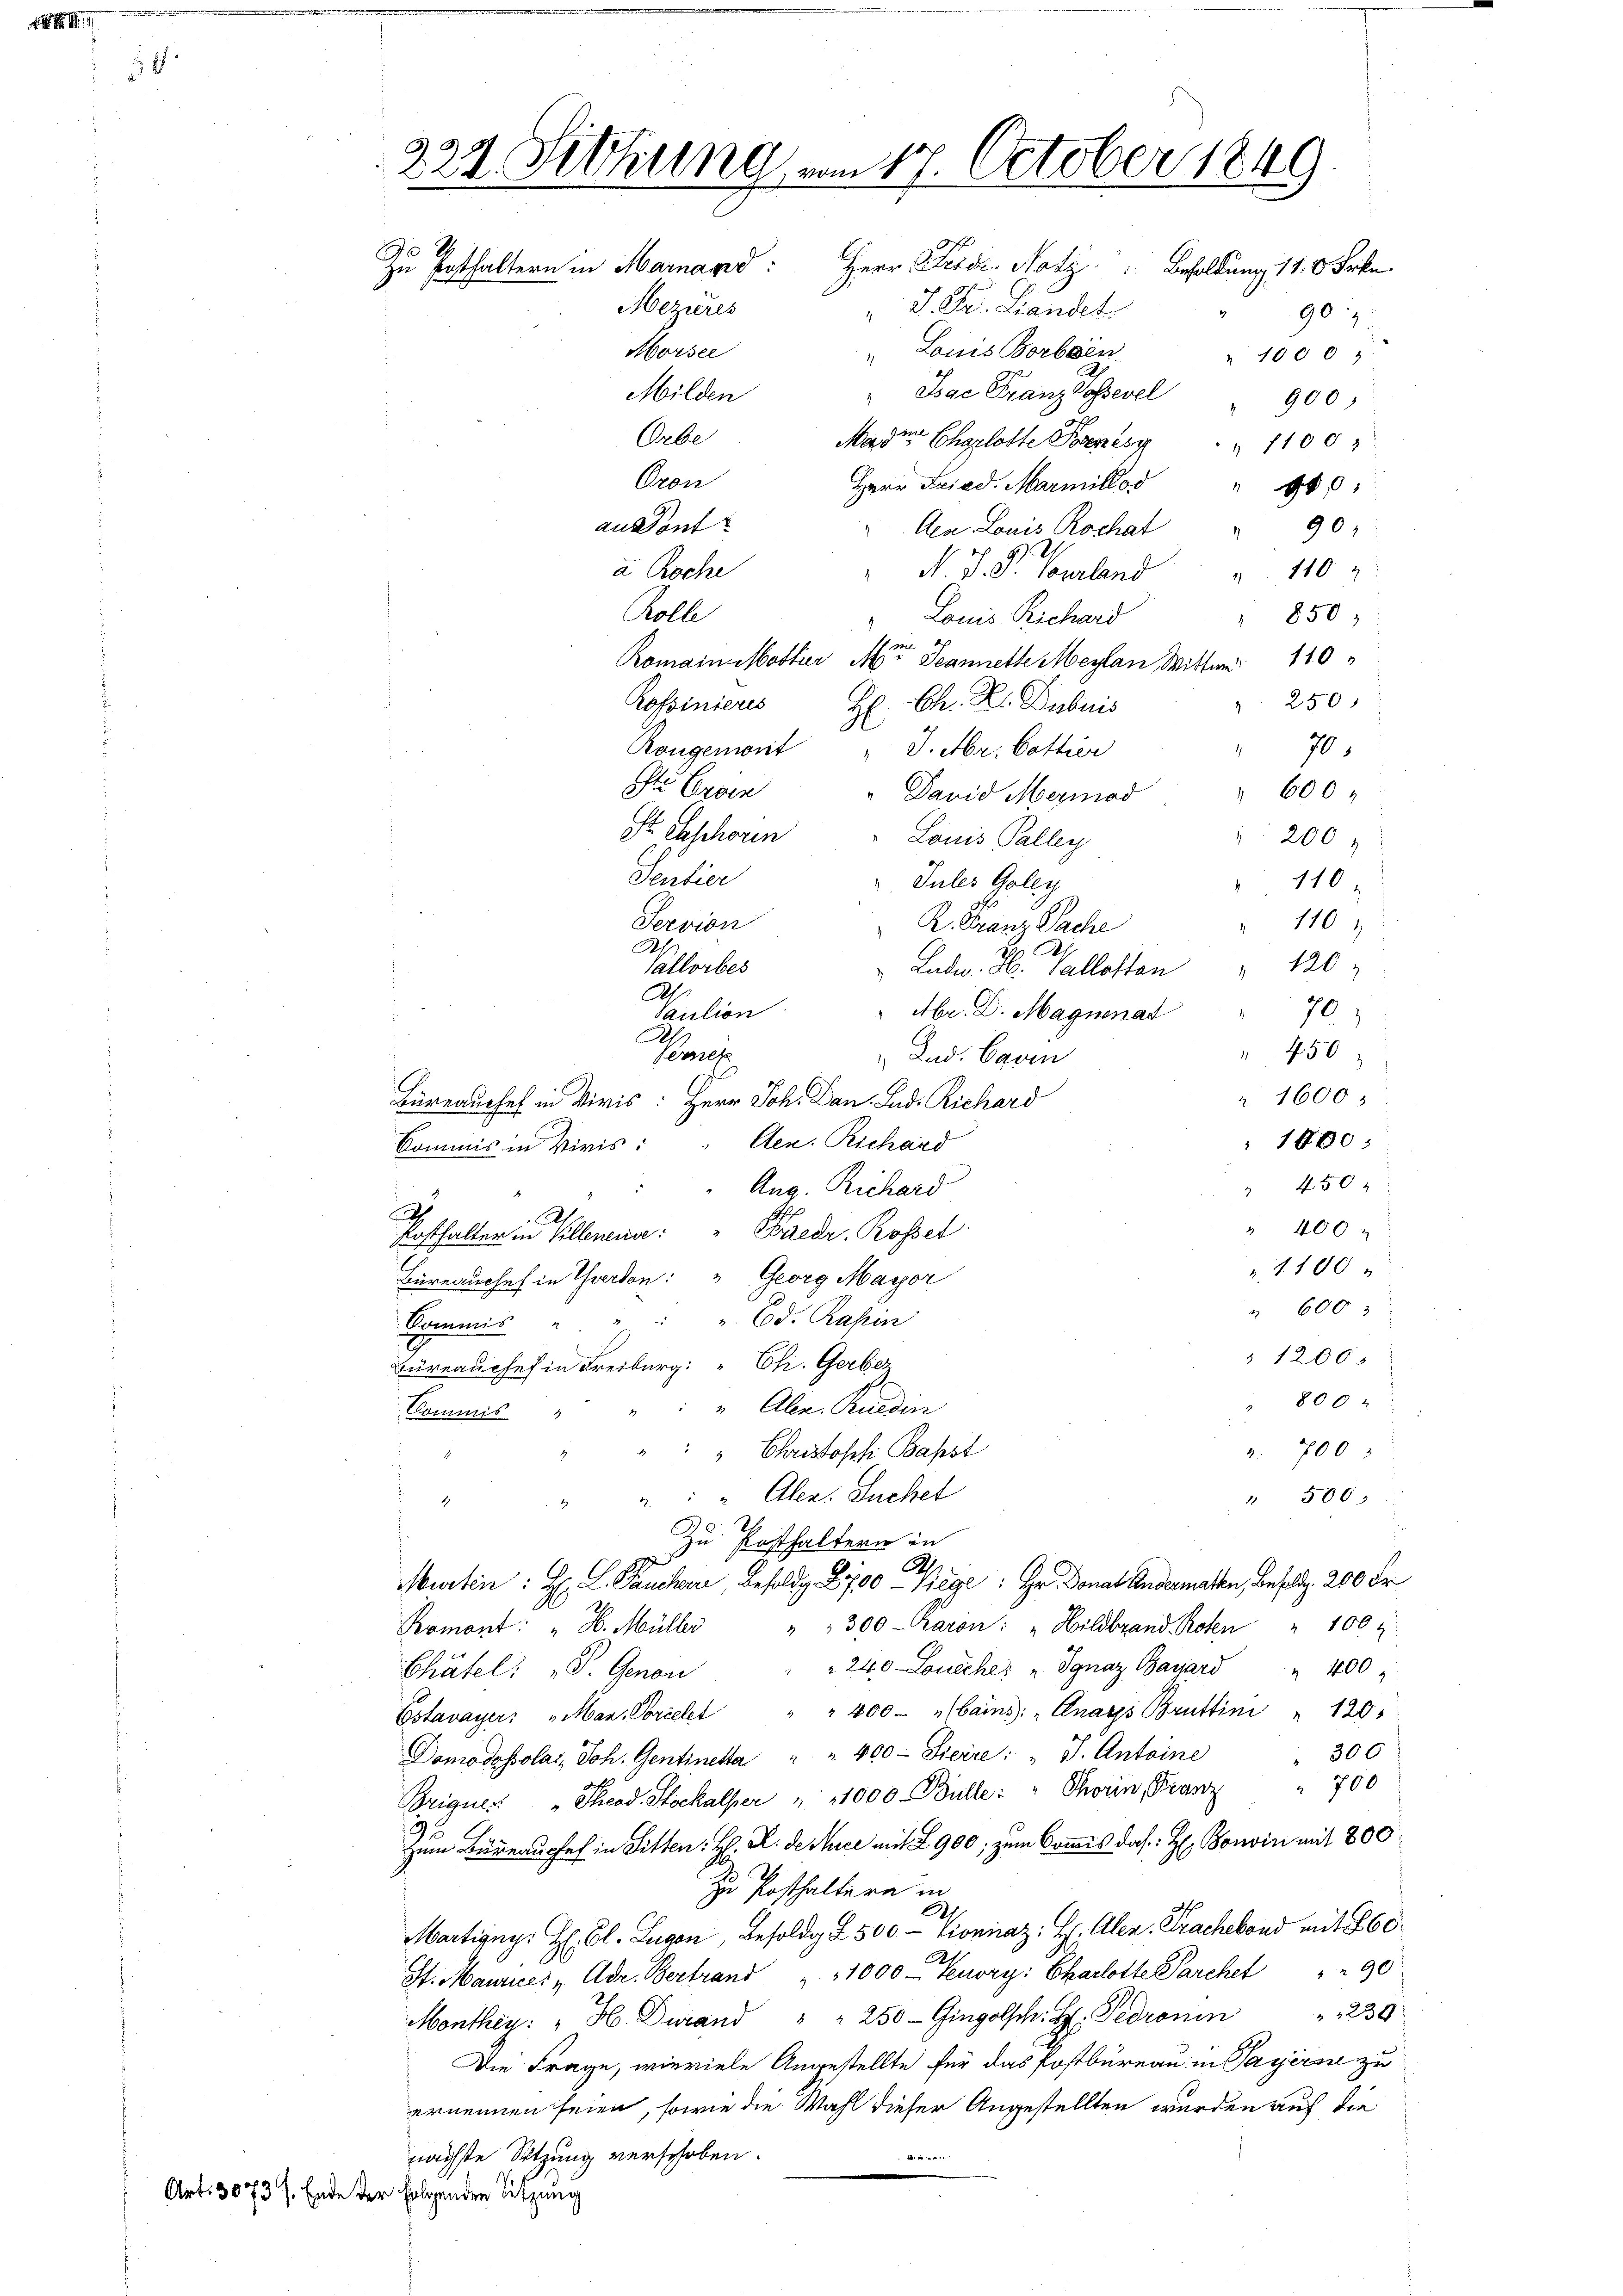
222. Sitzung, vom 17. October 1849.
Zu Posthaltern in Marnand: Herr Ferd. Notz Besoldung 11. 6 Frkn.
Mezieres
J. Dr. Landet
90

Morsee
" Louis Borben
" 1000
2
" Isae Franz lossevel
Milden
900;
Orbe
Mader Charlotte Pens 1100
Oron
Herr Fried. Marmillos
980
an Sont
"Aea Louis Rochat " 90
a Roche
N. V. P. Tourland
" 110
Rolle
Louis Richard
" 850)
Romain Motter Miter Jeannette Meyen Mitter 110
" 250
Rofsinieres
H. Ch. R. Dubuis
Rongenweit
J. Mr. Cottier
70.
Iter Erben
" 600.
" David Mermod
St. Geschoren
Louis Paller
200
Sentier
Jules Goley
110
Servion
1101
K. Franz Sache
Ah
126;
Vallorbes
Ladw. H. Vallotten
A
70)
Saution
Abr. Dr. Magnenat
A
Verzieh
450
Ind. Caven
1600
Büreauchef in Viris: Herr Joh. Dan. Lud. Richard
1800
Aex. Richard
Commis in Vivis:
" 450
Aug. Richard
p
d
A
" 400
Faedr. Rosset
Posthalter in Villenense:
1100
Büreauches in Yverdon: " Georg Mayor
" 600
u. Ed. Kasin
Kommis
" 1200
Büreauchef in Freiburg: " Ch. Gerber
800
" Aber. Ruedin
Commis
a. 700
" " Christoph Basst
.
" " " Alex. Suchet
" 506.
.

Zu Posthaltern in
Ah
Murten: Hr. L. Pauchare, Besoldg. 2700 - Siege : Hr. Donat Andermalen, besoll, 200 Fr
Romont: " H. Müller " " 300 - Karon: "Hildbrand, Roten " 100
" " 240 Louéche: " Ignaz Bauard " 400
Chätel: P. Genon
Estavayer: „Man. Sorcelet " " 400 - „bains: "Cnars Bruttini " 120
" 300
Domodossolai, Joh. Gentineta " " 400 - Sieire: " J. Antoine
Brigues: „Theod. Stockalser " 1000. Bülle: " Thorin, Franz " 700
Zum Büreausses in Sitten: H. R. de ce mit 2900; zum kommis das H. Bonin mit 800
zu Posthaltern in
.
Martigny. H. Cl. Lugen Besoldg 2 500 - Lioniraz: H: Alen. Prachebond mit 860
St. Maurices „Adr. Bertrand " " 1000 - Tenory: Charlotte Parchet " " 90
Monthey: " H. Durand " " 250 Gingolsch. H. Pedronin " " 230
Die Frage, wieviele Angestellte für das Postbureau in Payers zu
ernennen seien, sowie die Wahl dieser Angestellten wurden auf die
nächste Sitzung verschoben.
A
Art. 3073 f. Ende der folgenden Sitzung